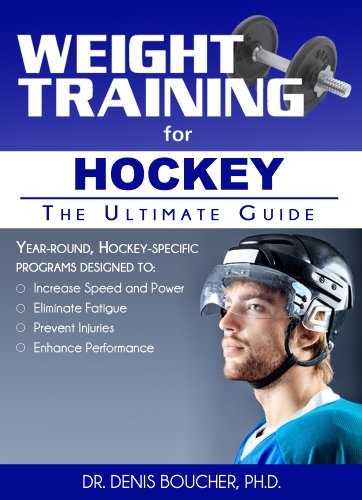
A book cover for Weight Training for Hockey: The Ultimate Guide; Dr Denis Boucher; Sports & Outdoors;